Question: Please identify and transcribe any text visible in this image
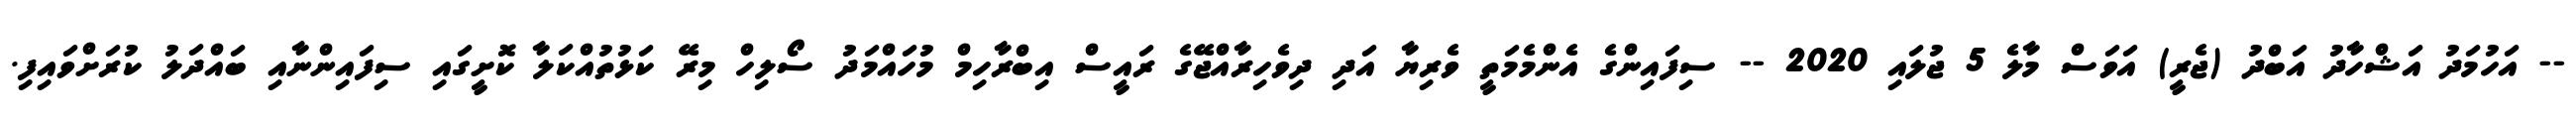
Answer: -- އަހުމަދު އަޝްހާދު އަބްދު (ޖެރީ) އަވަސް މާލެ 5 ޖުލައި 2020 -- ސިފައިންގެ އެންމެމަތީ ވެރިޔާ އަދި ދިވެހިރާއްޖޭގެ ރައީސް އިބްރާހިމް މުހައްމަދު ސޯލިހް މިރޭ ކަޅުތުއްކަލާ ކޮށީގައި ސިފައިންނާއި ބައްދަލު ކުރަށްވައިފި.